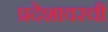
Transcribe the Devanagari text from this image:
प्रदेशावरची